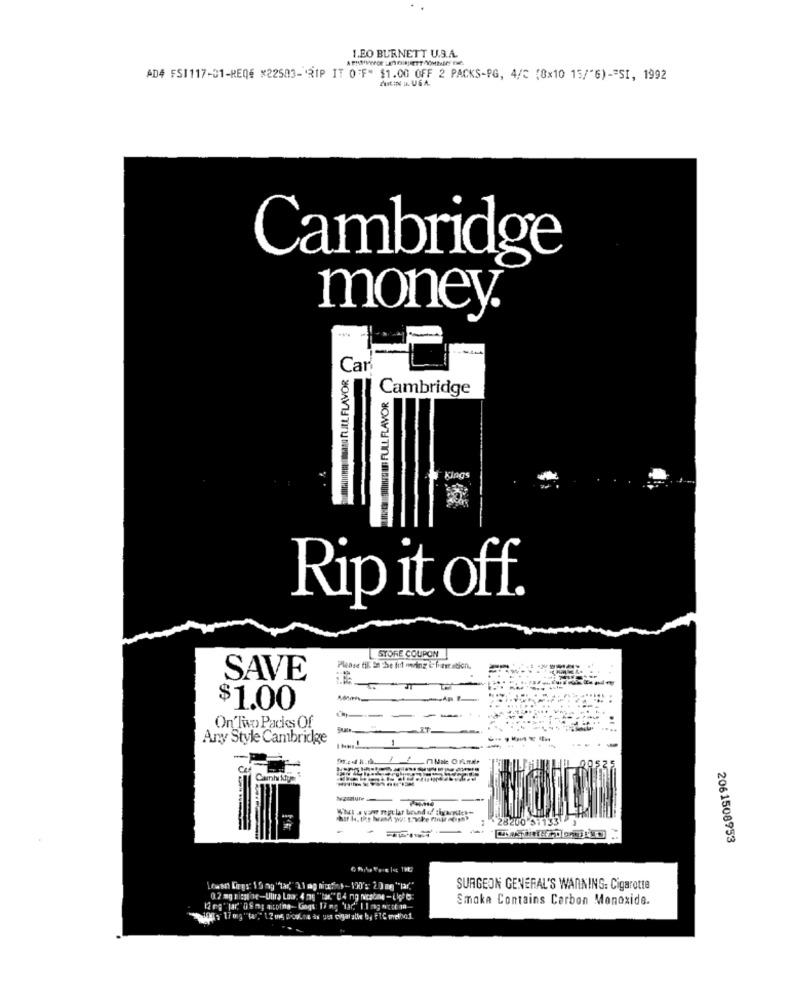
1.EO BURNETT U.S.A.
AD4 FSI117-01-REQ# x22503-RIP IT OFF" $1.00 OFF 2 PACKS-PG, 4/℃ (8x10 15/"G) -= SI, 1992
Cambridge
money.
Car
PIL ARO FULL FLAVOR
Cambridge
WHEN THEIR FULL FLAVOR
Rip it off.
STORE COUPON
Please til. InThe following i fier ation.
SAVE
$1.00
------
On'Tip Packs Of
Any Style Cambridge
Ce
Canlı Nym
28200 51133
2061508953
SURGEON GENERAL'S WARNING: Cigarotte
0.2 mg nichtse-Ulira Los: 4 275 ""tar." 0 4 ng nicaune - ( kg) :
Smoke Contains Carbon Monoxide.
12 mg" lar,"0 8 mg aicolina- Gings: 17 ng 'lar" 1 1 mg cof 18